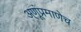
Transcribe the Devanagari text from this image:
अ्णूंप्रमाणेच